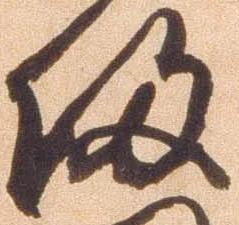
帰